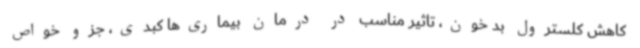
کاهش کلسترول بد خون، تاثیر مناسب در درمان بیماری‌ها کبدی، جزو خواص